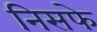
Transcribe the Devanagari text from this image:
निसफे